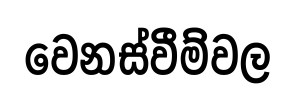
වෙනස්වීම්වල